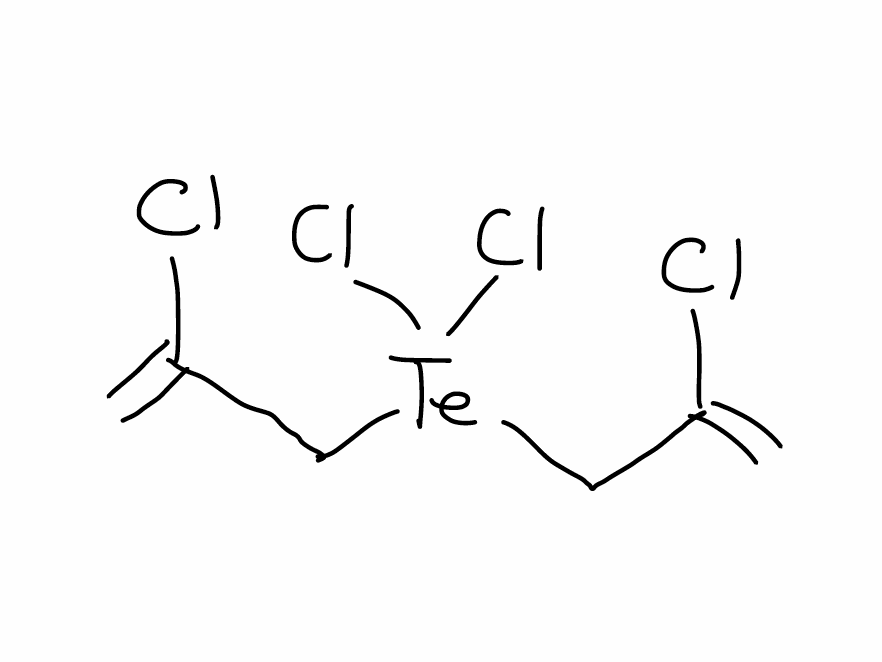
Simplified molecular-input line-entry system (SMILES) notation of the given molecule:
C=C(C[Te](CC(=C)Cl)(Cl)Cl)Cl